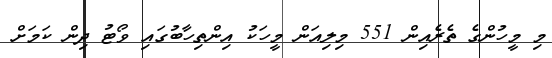
މި މީހުންގެ ތެރެއިން 551 މިލިއަން މީހަކު އިިންތިހާބުގައި ވޯޓު ދިން ކަމަށް